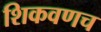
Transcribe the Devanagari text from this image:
शिकवणच